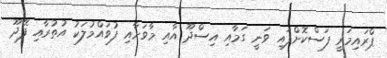
ޕްރައިމަރީ ފަސްކޮށްފައި ވަނީ ގަމާއި އިސްދޫ އާއި މާވަށާއި ފުވައްމުލަކު އުތުރާއި ފޭދޫ